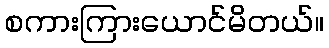
စကားကြားယောင်မိတယ်။